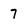
Character: 7